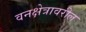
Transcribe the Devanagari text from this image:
वनक्षेत्रावरील